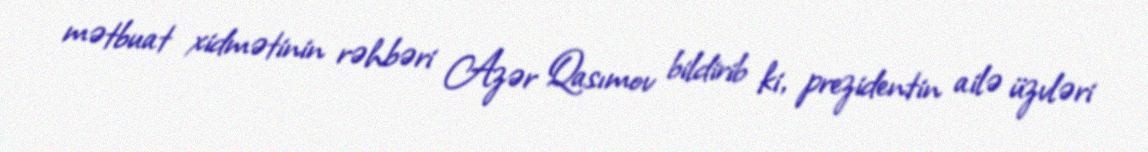
mətbuat xidmətinin rəhbəri Azər Qasımov bildirib ki, prezidentin ailə üzvləri